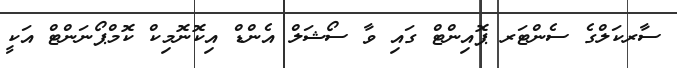
ސާރކަލްގެ ސެންޓަރ ޕޮއިންޓް ގައި ވާ ސޯޝަލް އެންޑް އިކޮނޮމިކް ކޮމްޕޯނަންޓް އަކީ